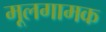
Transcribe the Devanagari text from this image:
मूलगामक